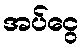
အပ်ငွေ